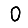
Digit: 0